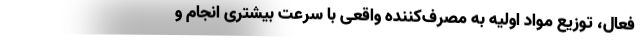
فعال، توزیع مواد اولیه به مصرف‌کننده واقعی با سرعت بیشتری انجام و